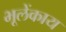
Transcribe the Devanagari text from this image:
भूलेंकाय